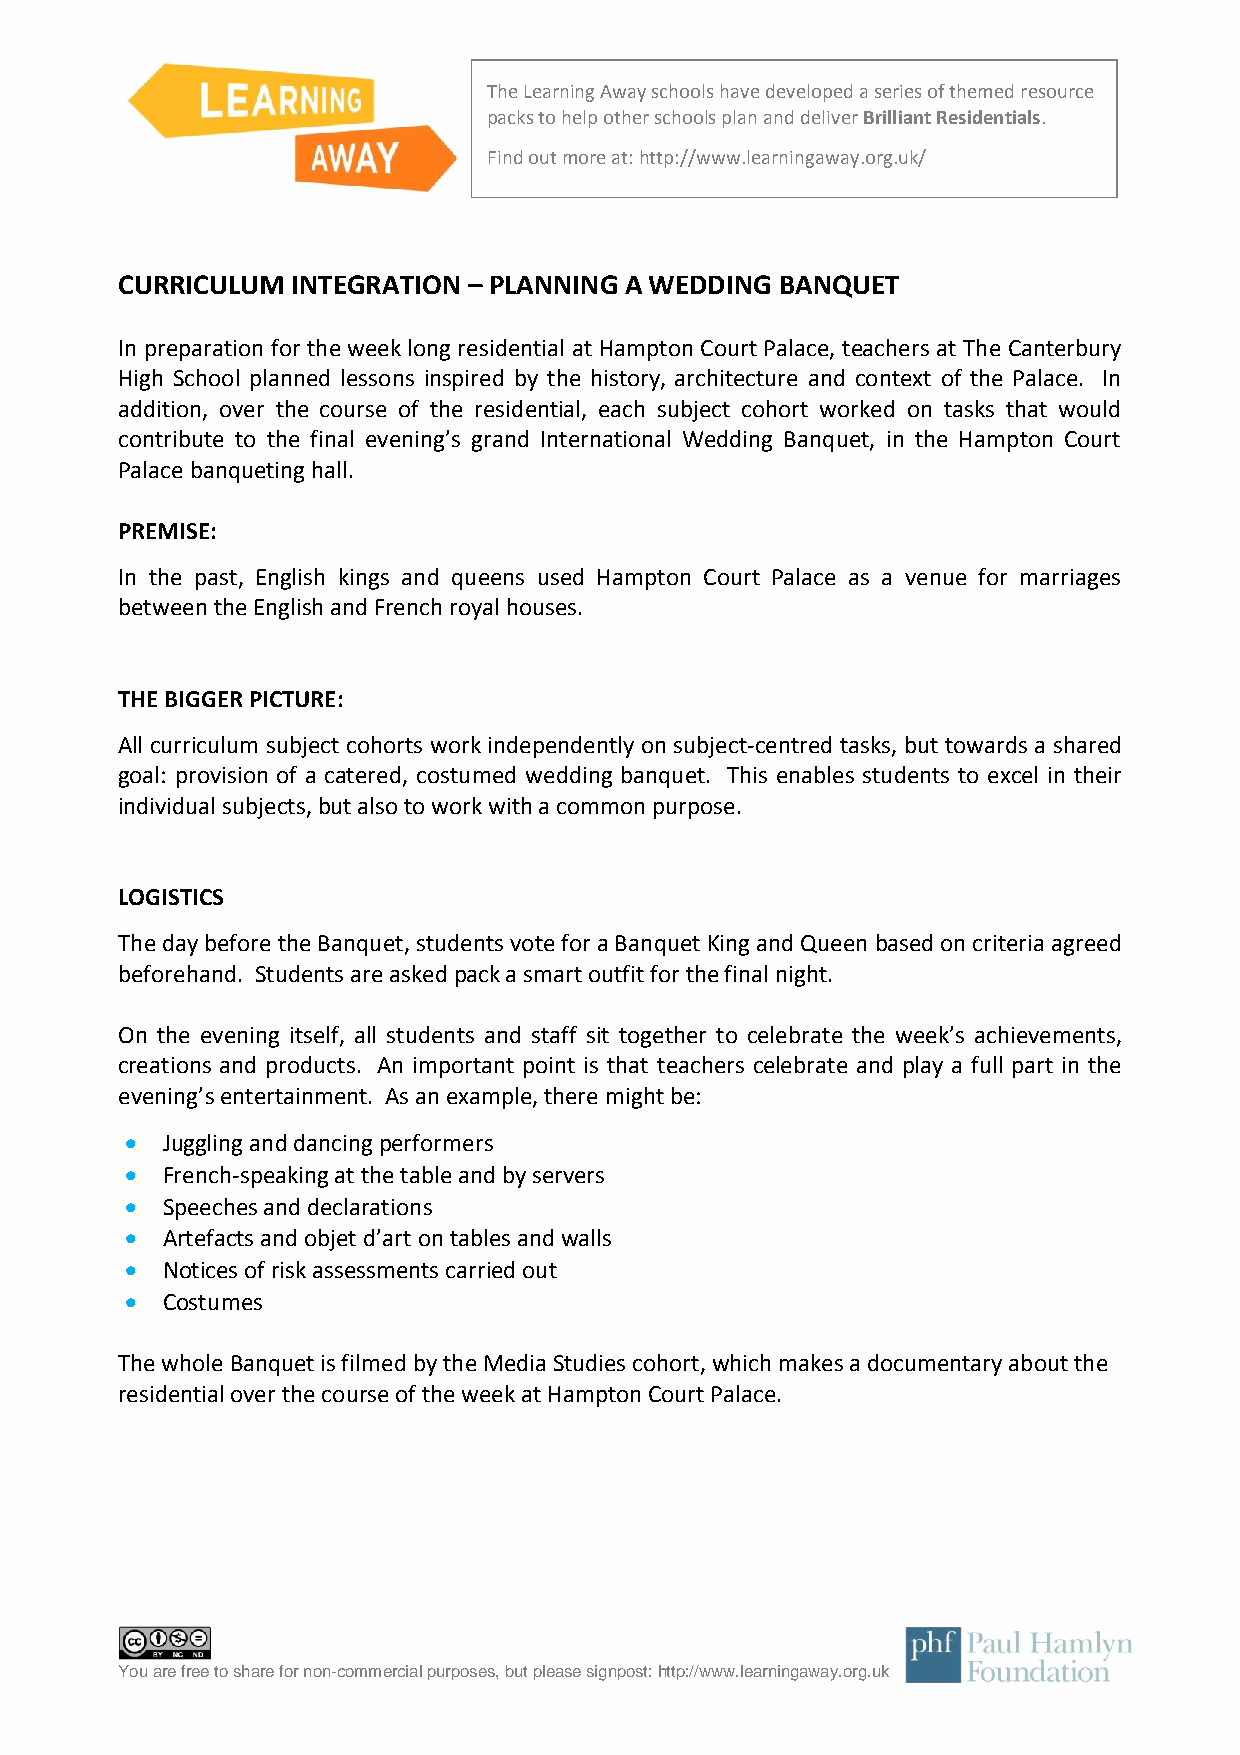
The Learning Away schools have developed a series of themed resource
 packs to help other schools plan and deliver Brilliant Residentials.
 Find out more at: http://www.learningaway.org.uk/
 CURRICULUM INTEGRATION – PLANNING A WEDDING BANQUET
 In preparation for the week long residential at Hampton Court Palace, teachers at The Canterbury
 High School planned lessons inspired by the history, architecture and context of the Palace. In
 addition, over the course of the residential, each subject cohort worked on tasks that would
 contribute to the final evening’s grand International Wedding Banquet, in the Hampton Court
 Palace banqueting hall.
 PREMISE:
 In the past, English kings and queens used Hampton Court Palace as a venue for marriages
 between the English and French royal houses.
 THE BIGGER PICTURE:
 All curriculum subject cohorts work independently on subject-centred tasks, but towards a shared
 goal: provision of a catered, costumed wedding banquet. This enables students to excel in their
 individual subjects, but also to work with a common purpose.
 LOGISTICS
 The day before the Banquet, students vote for a Banquet King and Queen based on criteria agreed
 beforehand. Students are asked pack a smart outfit for the final night.
 On the evening itself, all students and staff sit together to celebrate the week’s achievements,
 creations and products. An important point is that teachers celebrate and play a full part in the
 evening’s entertainment. As an example, there might be:
   Juggling and dancing performers
   French-speaking at the table and by servers
   Speeches and declarations
   Artefacts and objet d’art on tables and walls
   Notices of risk assessments carried out
   Costumes
 The whole Banquet is filmed by the Media Studies cohort, which makes a documentary about the
 residential over the course of the week at Hampton Court Palace.
 You are free to share for non-commercial purposes, but please signpost: http://www.learningaway.org.uk